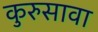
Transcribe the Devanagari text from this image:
कुरुसावा